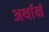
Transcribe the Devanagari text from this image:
अर्थानं